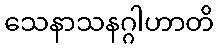
သေနာသနဂ္ဂါဟာတိ